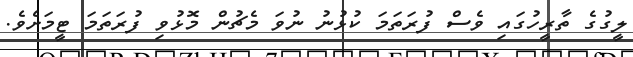
ލީގުގެ ތާރީހުގައި ވެސް ފުރަތަމަ ކުޅުނު ނުވަ މެޗުން މޮޅުވި ފުރަތަމަ ޓީމަށެވެ.